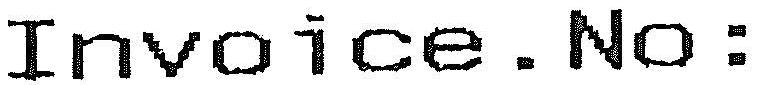
INVOICE . NO :